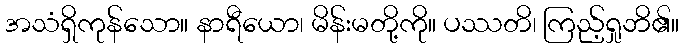
အသံရှိကုန်သော။ နာရီယော၊ မိန်းမတို့ကို။ ပဿတိ၊ ကြည့်ရှုဘိ၏။